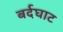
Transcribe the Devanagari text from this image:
बर्दघाट